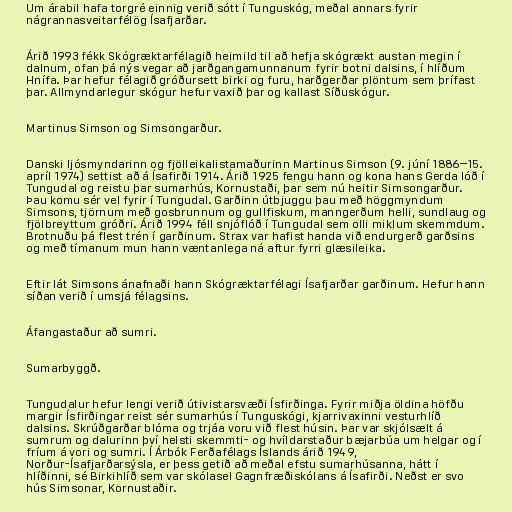
Um árabil hafa torgré einnig verið sótt í Tunguskóg, meðal annars fyrir
nágrannasveitarfélög Ísafjarðar.

Árið 1993 fékk Skógræktarfélagið heimild til að hefja skógrækt austan megin í
dalnum, ofan þá nýs vegar að jarðgangamunnanum fyrir botni dalsins, í hlíðum
Hnífa. Þar hefur félagið gróðursett birki og furu, harðgerðar plöntum sem þrífast
þar. Allmyndarlegur skógur hefur vaxið þar og kallast Síðuskógur.

Martinus Simson og Simsongarður.

Danski ljósmyndarinn og fjölleikalistamaðurinn Martinus Simson (9. júní 1886–15.
apríl 1974) settist að á Ísafirði 1914. Árið 1925 fengu hann og kona hans Gerda lóð í
Tungudal og reistu þar sumarhús, Kornustaði, þar sem nú heitir Simsongarður.
Þau komu sér vel fyrir í Tungudal. Garðinn útbjuggu þau með höggmyndum
Simsons, tjörnum með gosbrunnum og gullfiskum, manngerðum helli, sundlaug og
fjölbreyttum gróðri. Árið 1994 féll snjóflóð í Tungudal sem olli miklum skemmdum.
Brotnuðu þá flest trén í garðinum. Strax var hafist handa við endurgerð garðsins
og með tímanum mun hann væntanlega ná aftur fyrri glæsileika.

Eftir lát Simsons ánafnaði hann Skógræktarfélagi Ísafjarðar garðinum. Hefur hann
síðan verið í umsjá félagsins.

Áfangastaður að sumri.

Sumarbyggð.

Tungudalur hefur lengi verið útivistarsvæði Ísfirðinga. Fyrir miðja öldina höfðu
margir Ísfirðingar reist sér sumarhús í Tunguskógi, kjarrivaxinni vesturhlíð
dalsins. Skrúðgarðar blóma og trjáa voru við flest húsin. Þar var skjólsælt á
sumrum og dalurinn því helsti skemmti- og hvíldarstaður bæjarbúa um helgar og í
fríum á vori og sumri. Í Árbók Ferðafélags Íslands árið 1949,
Norður-Ísafjarðarsýsla, er þess getið að meðal efstu sumarhúsanna, hátt í
hlíðinni, sé Birkihlíð sem var skólasel Gagnfræðiskólans á Ísafirði. Neðst er svo
hús Simsonar, Kornustaðir.